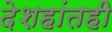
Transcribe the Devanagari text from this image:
देशहांतही